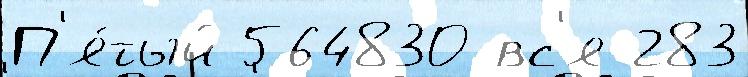
П'я́тый 564830 вс'я 283